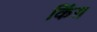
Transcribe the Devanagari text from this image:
किंग़